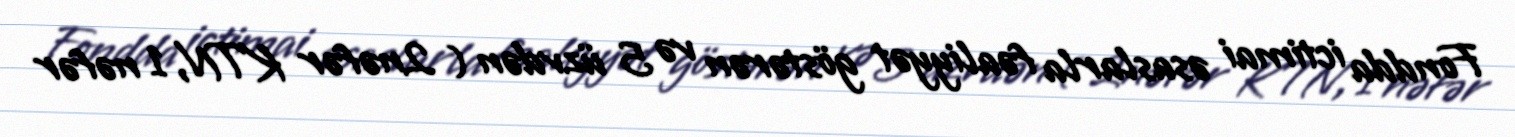
Fondda ictimai əsaslarla fəaliyyət göstərən və 5 üzvdən ( 2nəfər KTN, 1 nəfər